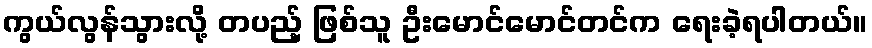
ကွယ်လွန်သွားလို့ တပည့် ဖြစ်သူ ဦးမောင်မောင်တင်က ရေးခဲ့ရပါတယ်။